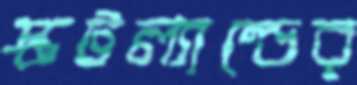
স্কটল্যাল্ডের